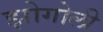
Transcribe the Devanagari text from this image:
झोगोली